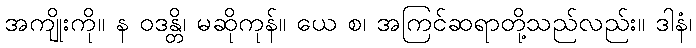
အကျိုးကို။ န ဝဒန္တိ၊ မဆိုကုန်။ ယေ စ၊ အကြင်ဆရာတို့သည်လည်း။ ဒါနံ၊